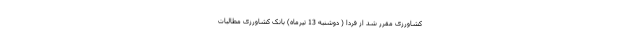
کشاورزی مقرر شد از فردا ( دوشنبه 13 تیرماه) بانک کشاورزی مطالبات